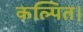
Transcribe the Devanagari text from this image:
कल्पित।